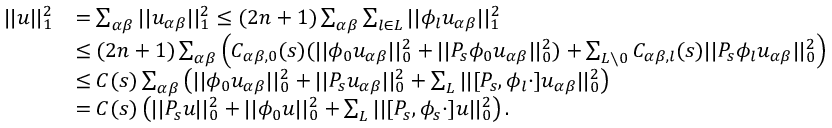
\begin{array} { r l } { | | u | | _ { 1 } ^ { 2 } } & { = \sum _ { \alpha \beta } | | u _ { \alpha \beta } | | _ { 1 } ^ { 2 } \leq ( 2 n + 1 ) \sum _ { \alpha \beta } \sum _ { l \in L } | | \phi _ { l } u _ { \alpha \beta } | | _ { 1 } ^ { 2 } } \\ & { \leq ( 2 n + 1 ) \sum _ { \alpha \beta } \left( C _ { \alpha \beta , 0 } ( s ) ( | | \phi _ { 0 } u _ { \alpha \beta } | | _ { 0 } ^ { 2 } + | | P _ { s } \phi _ { 0 } u _ { \alpha \beta } | | _ { 0 } ^ { 2 } ) + \sum _ { L \setminus 0 } C _ { \alpha \beta , l } ( s ) | | P _ { s } \phi _ { l } u _ { \alpha \beta } | | _ { 0 } ^ { 2 } \right) } \\ & { \leq C ( s ) \sum _ { \alpha \beta } \left( | | \phi _ { 0 } u _ { \alpha \beta } | | _ { 0 } ^ { 2 } + | | P _ { s } u _ { \alpha \beta } | | _ { 0 } ^ { 2 } + \sum _ { L } | | [ P _ { s } , \phi _ { l } \cdot ] u _ { \alpha \beta } | | _ { 0 } ^ { 2 } \right) } \\ & { = C ( s ) \left( | | P _ { s } u | | _ { 0 } ^ { 2 } + | | \phi _ { 0 } u | | _ { 0 } ^ { 2 } + \sum _ { L } | | [ P _ { s } , \phi _ { s } \cdot ] u | | _ { 0 } ^ { 2 } \right) . } \end{array}